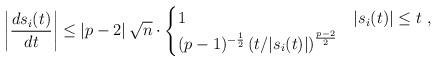
LaTeX: \begin{align*}\left|\frac{ds_{i}(t)}{dt}\right| & \leq\left|p-2\right|\sqrt{n}\cdot\begin{cases}1 & |s_{i}(t)|\leq t ~,\\(p-1)^{-\frac{1}{2}}\left(t/|s_{i}(t)|\right)^{\frac{p-2}{2}} & \end{cases}\end{align*}